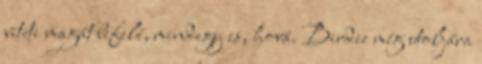
viteti magát befelé, mindegy is, hová. Birdie még utoljára